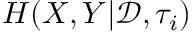
H ( X , Y | \mathcal { D } , \tau _ { i } )